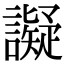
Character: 譺